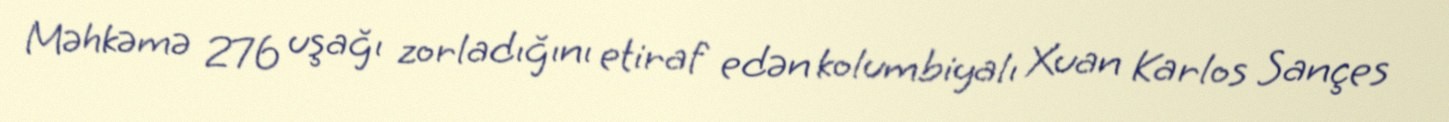
Məhkəmə 276 uşağı zorladığını etiraf edən kolumbiyalı Xuan Karlos Sançes